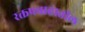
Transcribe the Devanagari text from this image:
रक्तप्रवाहातील